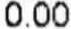
0.00